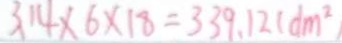
3 . 1 4 \times 6 \times 1 8 = 3 3 9 . 1 2 ( d m ^ { 2 } )